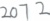
2 0 7 2